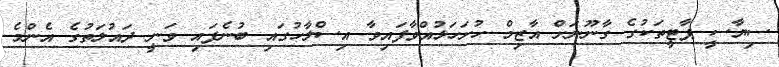
ސިޔާސީ ޕާޓީތަކުގެ ގާނޫނަށް އާޒިމް ހުށަހަޅުއްވާފައިވާ އިސްލާހުގައި ބުނެފައި ވަނީ ދައުލަތުގެ އެންމެ